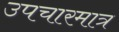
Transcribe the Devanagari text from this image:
उपचारमात्र